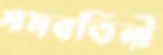
সমবর্তিনী